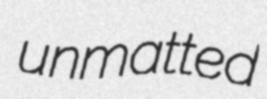
unmatted